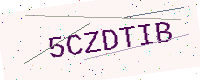
Text: 5CZDTIB